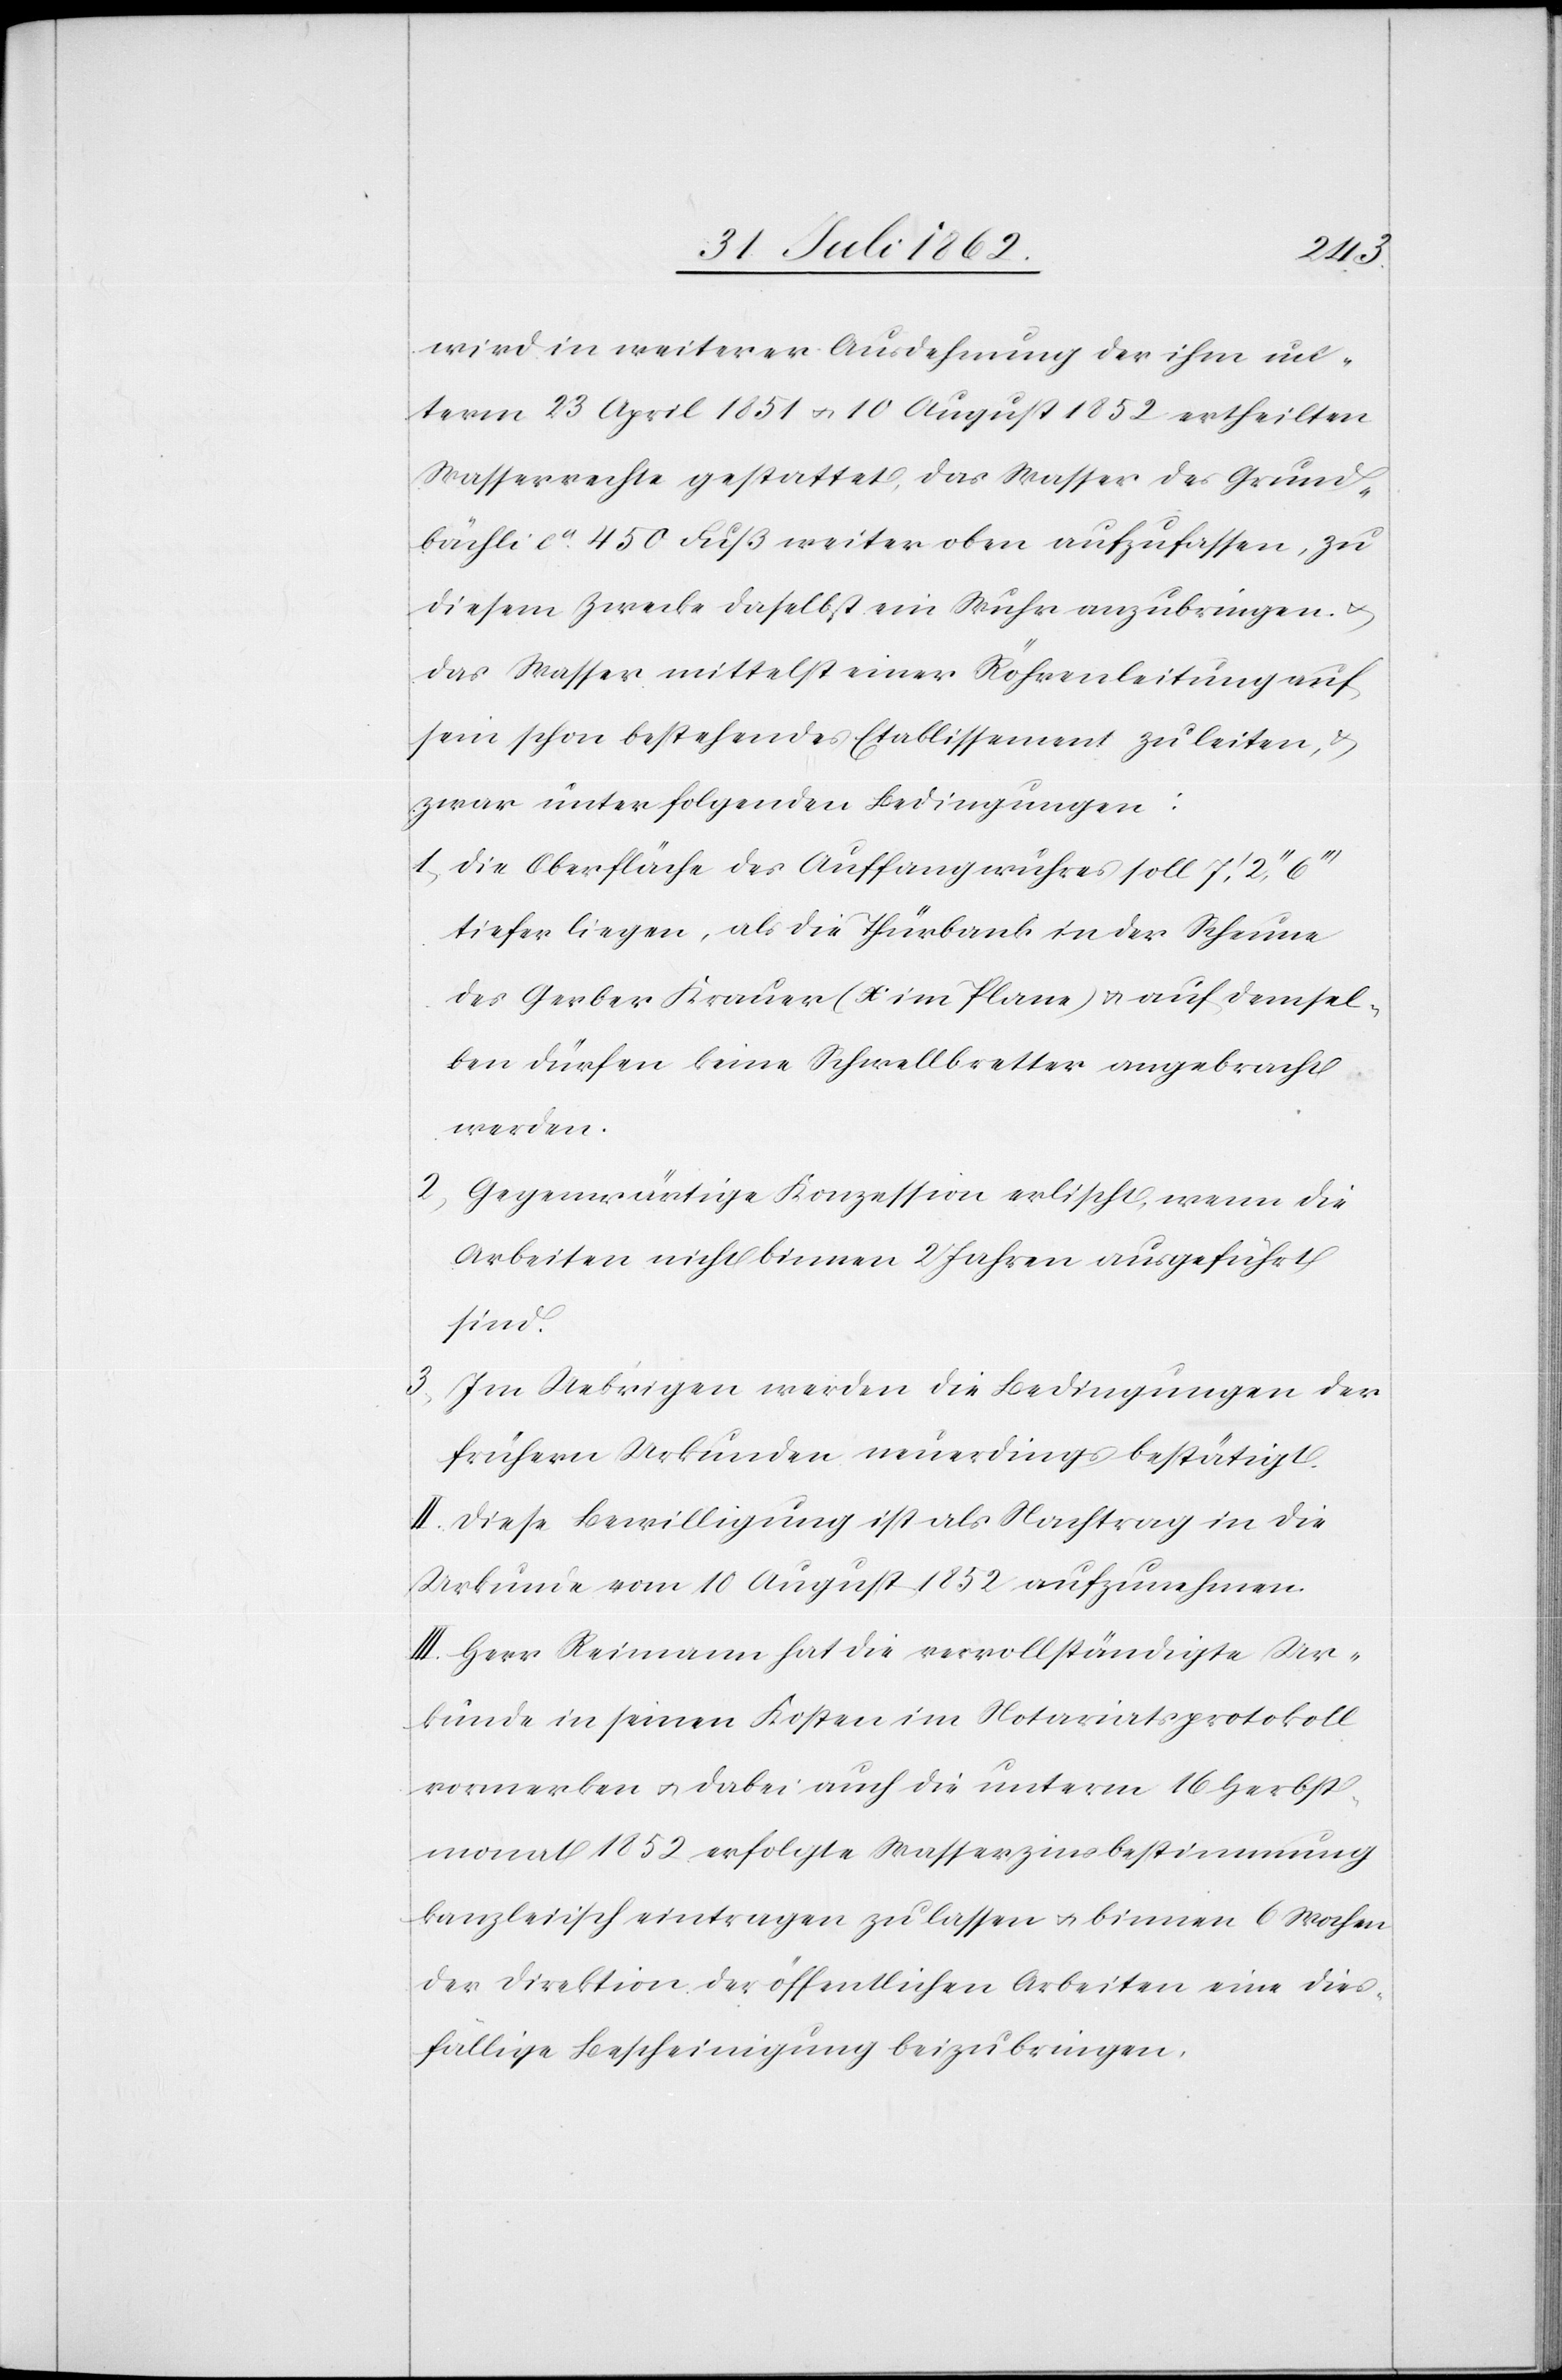
wird in weiterer Ausdehnung der ihm un¬
term 23. April 1851 u. 10. August 1852 ertheilten
Wasserrecht gestattet, das Wasser des Grund¬
bächli ca 450 Fuß weiter oben aufzufassen, zu
diesem Zwecke daselbst ein Wuhr anzubringen u.
das Wasser mittelst einer Röhrenleitung auf
sein schon bestehendes Etablissement zu leiten u.
zwar unter folgenden Bedingungen:
1) die Oberfläche des Auffangwuhres soll 7’,2’’,6’’’
tiefer liegen, als die Thürbank in der Scheune
des Gerber Krauer (x im Plane) u. auf demsel¬
ben dürfen keine Schwellbretter angebracht
werden.
2) Gegenwärtige Konzession erlischt, wenn die
Arbeiten nicht binnen 2 Jahren ausgeführt
sind.
3)
Im Uebrigen werden die Bedingungen der
frühern Urkunden neuerdings bestätigt.
II. Diese Bewilligung ist als Nachtrag in die
Urkunde vom 10. August 1852 aufzunehmen.
III. Herr Reimann hat die vervollständigte Ur¬
kunde in seinen Kosten im Notariatsprotokoll
vormerken u. dabei auch die unterm 16. Herbst¬
monat 1852 erfolgte Wasserzinsbestimmung
kanzleiisch eintragen zu lassen u. binnen 6 Wochen
der Direktion der öffentlichen Arbeiten eine dies¬
fällige Bescheinigung beizubringen.